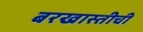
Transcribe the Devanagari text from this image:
बरखास्तीची